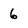
Character: 6